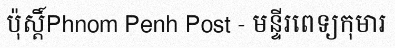
ប៉ុស្តិ៍Phnom Penh Post - មន្ទីរពេទ្យកុមារ